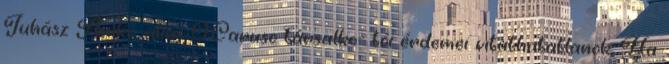
Juhász Anikó, alias O.Caruso társalko- tói érdemei vitathatatlanok. Ha